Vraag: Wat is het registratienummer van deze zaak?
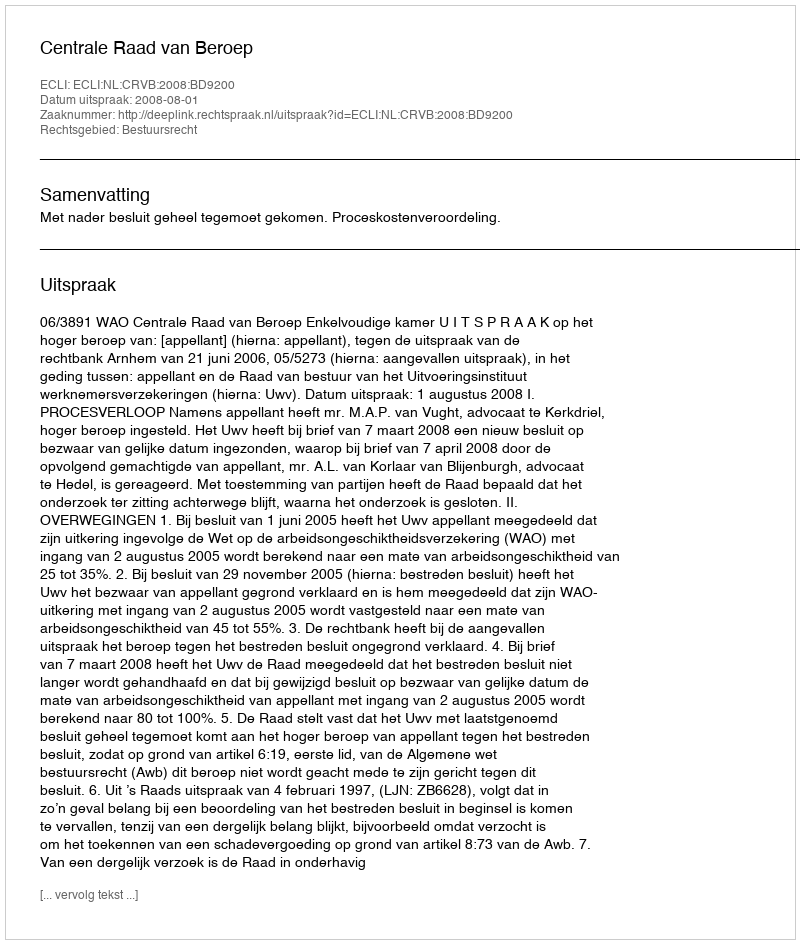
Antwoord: http://deeplink.rechtspraak.nl/uitspraak?id=ECLI:NL:CRVB:2008:BD9200